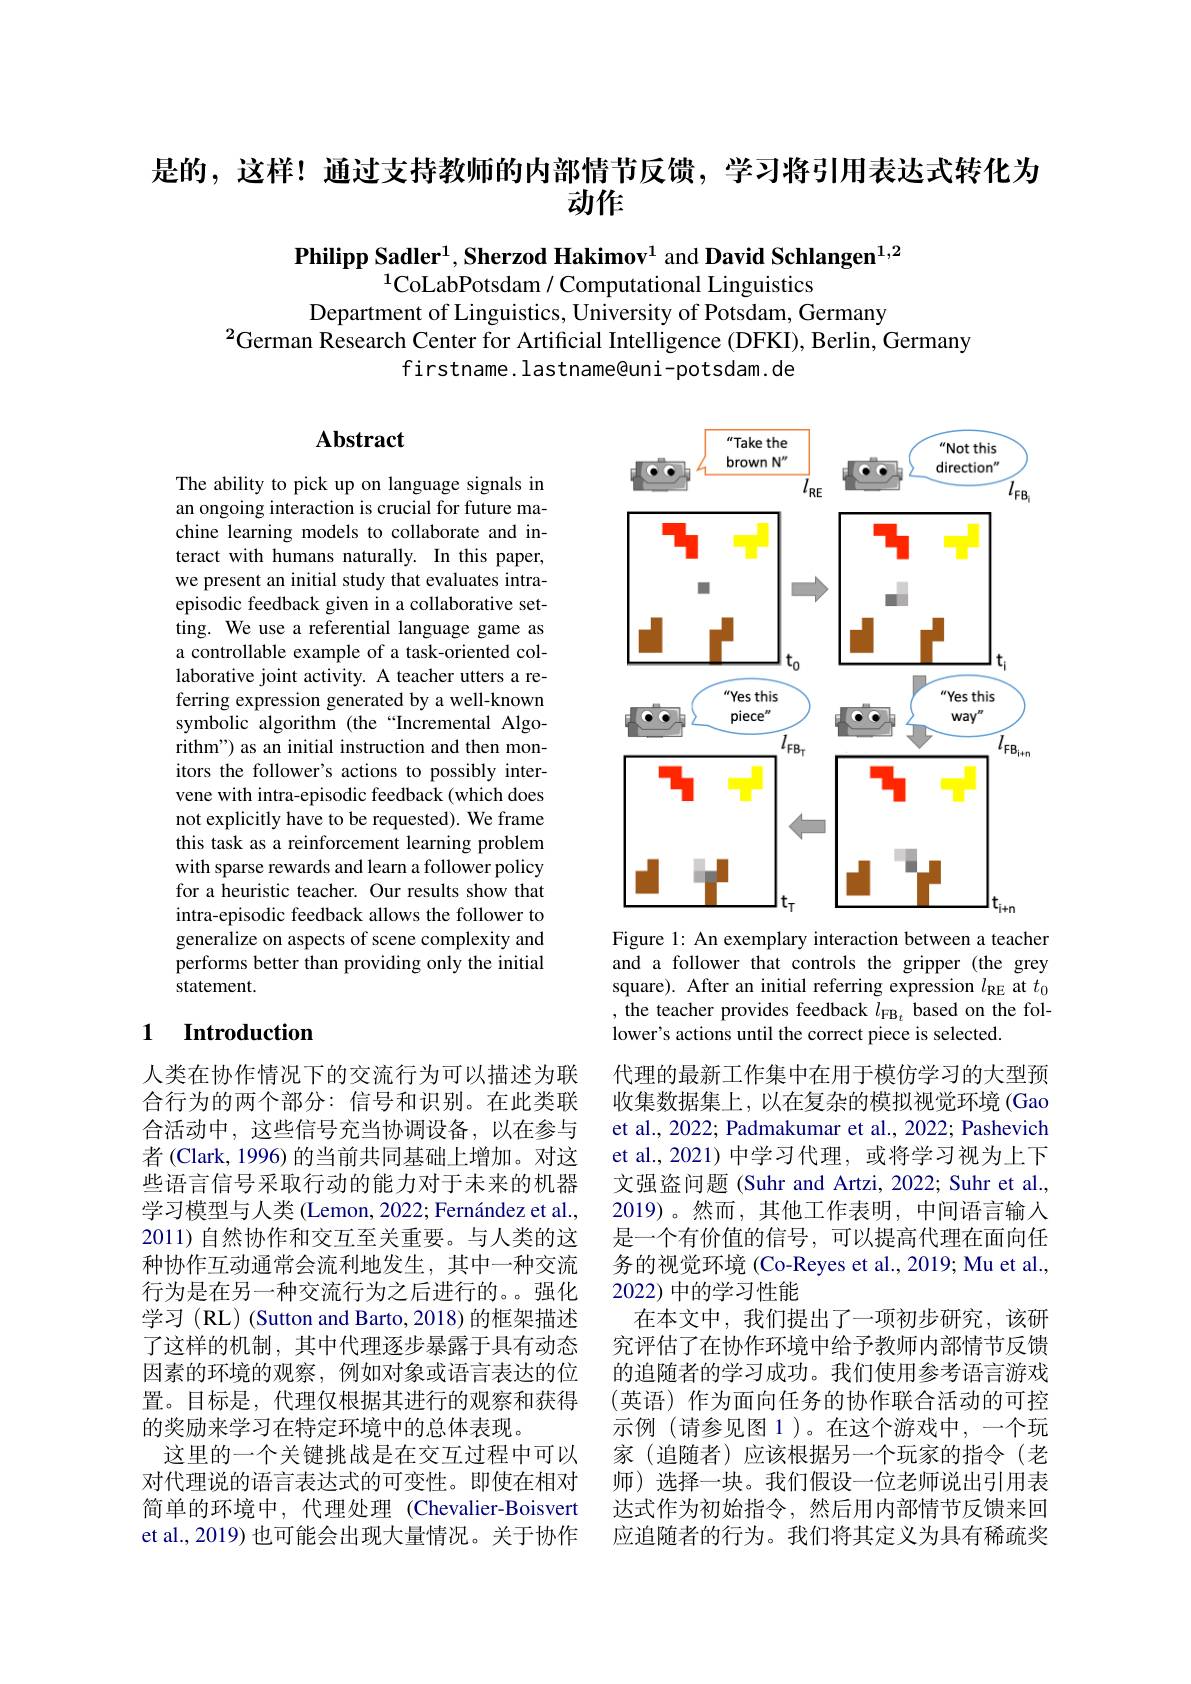
是的，这样！通过支持教师的内部情节反馈，学习将引用表达式转化为
# 动作

Philipp Sadler$^{1}$, Sherzod Hakimov$^{1}$ and David Schlangen$^{1,2}$

$^{1}$CoLabPotsdam / Computational Linguistics
Department of Linguistics, University of Potsdam, Germany
$^{2}$German Research Center for Artificial Intelligence (DFKI), Berlin, Germany
firstname.lastname@uni-potsdam.de

## $\mathbf{Abstract}$

<FigureHere>
Figure 1: An exemplary interaction between a teacher

The ability to pick up on language signals in an ongoing interaction is crucial for future machine learning models to collaborate and interact with humans naturally. In this paper, we present an initial study that evaluates intraepisodic feedback given in a collaborative setting. We use a referential language game as a controllable example of a task-oriented collaborative joint activity. A teacher utters a referring expression generated by a well-known symbolic algorithm (the“Incremental Algorithm") as an initial instruction and then monitors the follower's actions to possibly intervene with intra-episodic feedback (which does not explicitly have to be requested). We frame this task as a reinforcement learning problem with sparse rewards and learn a follower policy for a heuristic teacher. Our results show that intra-episodic feedback allows the follower to generalize on aspects of scene complexity and performs better than providing only the initial statement.

and a follower that controls the gripper (the grey square). After an initial referring expression $l_\mathrm{RE}$ at $t_0$ , the teacher provides feedback $l_\mathrm{FB}_{t}$ based on the follower's actions until the correct piece is selected.

## 1 $\textbf{Introduction}$

代理的最新工作集中在用于模仿学习的大型预收集数据集上，以在复杂的模拟视觉环境(Gao et al., 2022; Padmakumar et al., 2022; Pashevich et al., 2021) 中学习代理，或将学习视为上下文强盗问题 (Suhr and Artzi, 2022; Suhr et al., 2019)。然而，其他工作表明，中间语言输入是一个有价值的信号，可以提高代理在面向任务的视觉环境 (Co-Reyes et al., 2019; Mu et al., 2022) 中的学习性能
在本文中，我们提出了一项初步研究，该研究评估了在协作环境中给予教师内部情节反馈的追随者的学习成功。我们使用参考语言游戏(英语)作为面向任务的协作联合活动的可控示例(请参见图 1)。在这个游戏中，一个玩家(追随者)应该根据另一个玩家的指令(老师)选择一块。我们假设一位老师说出引用表达式作为初始指令，然后用内部情节反馈来回应追随者的行为。我们将其定义为具有稀疏奖

人类在协作情况下的交流行为可以描述为联合行为的两个部分：信号和识别。在此类联合活动中，这些信号充当协调设备，以在参与者 (Clark, 1996) 的当前共同基础上增加。对这些语言信号采取行动的能力对于未来的机器学习模型与人类 (Lemon, 2022; Fernández et al., 2011) 自然协作和交互至关重要。与人类的这种协作互动通常会流利地发生，其中一种交流行为是在另一种交流行为之后进行的。。强化学习(RL)(Sutton and Barto, 2018) 的框架描述了这样的机制，其中代理逐步暴露于具有动态因素的环境的观察，例如对象或语言表达的位置。目标是，代理仅根据其进行的观察和获得的奖励来学习在特定环境中的总体表现。
这里的一个关键挑战是在交互过程中可以对代理说的语言表达式的可变性。即使在相对简单的环境中，代理处理(Chevalier-Boisvert et al., 2019) 也可能会出现大量情况。关于协作